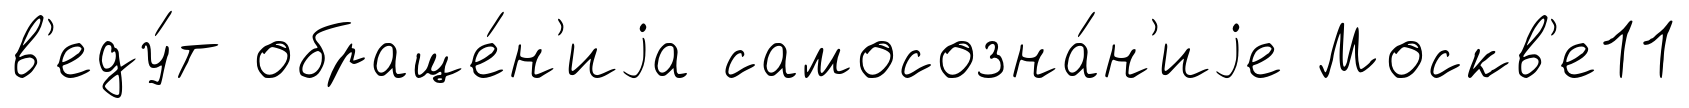
в'еду́т обраще́н'иjа самосозна́н'иjе Москв'е11